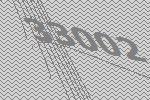
33002